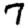
Digit: 7